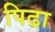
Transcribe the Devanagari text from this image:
पिढा